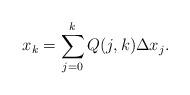
LaTeX: \begin{align*}x_{k} = \sum_{j=0}^{k} Q(j,k) \Delta x_j.\end{align*}